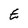
Character: E